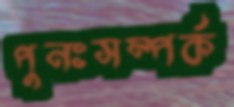
পুনঃসম্পর্ক